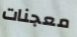
معجنات